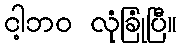
ငါ့ဘဝ လုံခြုံပြီ။